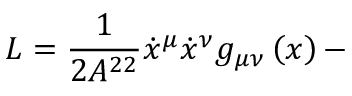
L = \frac { 1 } { 2 A ^ { 2 2 } } \dot { x } ^ { \mu } \dot { x } ^ { \nu } g _ { \mu \nu } \left( x \right) -